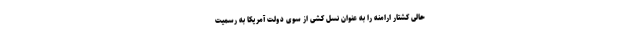
حالی کشتار ارامنه را به عنوان نسل کشی از سوی دولت آمریکا به رسمیت